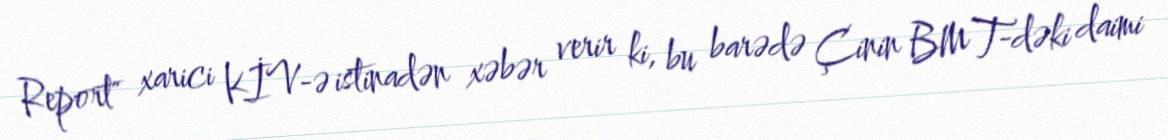
Report" xarici KİV-ə istinadən xəbər verir ki, bu barədə Çinin BMT-dəki daimi